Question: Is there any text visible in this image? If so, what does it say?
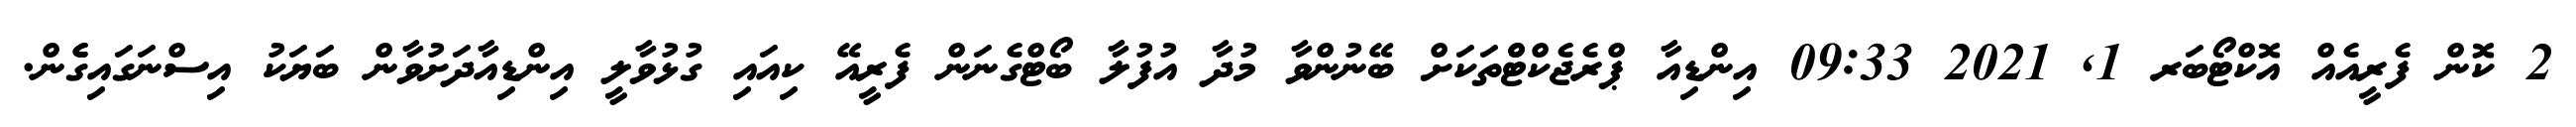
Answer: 2 ކޮން ފެރީއެއް އޮކްޓޯބަރ 1, 2021 09:33 އިންޑިއާ ޕްރެޖެކްޓްްތަކަށް ބޭނުންވާ މުދާ އުފުލާ ބޯޓްގެނަން ފެރީއޭ ކިއައި ގުޅުވާލީ އިންޑިއާދަށުވާން ބަޔަކު އިސްނަގައިގެެން.